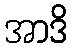
အာဒိ